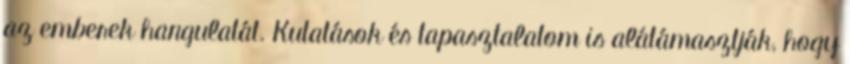
az emberek hangulatát. Kutatások és tapasztalatom is alátámasztják, hogy